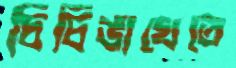
চিচিঙাখেতে